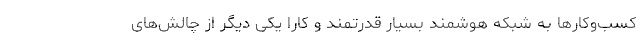
کسب‌و‌کارها به شبکه هوشمند بسیار قدرتمند و کارا یکی دیگر از چالش‌های